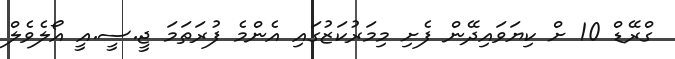
ގްރޭޑް 10 ށް ކިޔަވައިދޭން ފެށި މިމަރުކަޒުގައި އެންމެ ފުރަތަމަ ޖީ.ސީ.އީ އޯލެވެލް